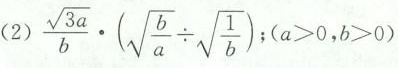
(2) $$\frac { \sqrt { 3 a } } { b } \cdot ( \sqrt { \frac { b } { a } } \div \sqrt { \frac { 1 } { b } } ) ; a > 0 , b > 0 )$$